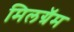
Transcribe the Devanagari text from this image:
मिलग्रॅम